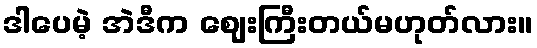
ဒါပေမဲ့ အဲဒီက ဈေးကြီးတယ်မဟုတ်လား။